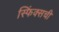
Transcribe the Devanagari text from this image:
स्फिंक्सची